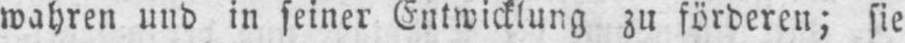
wahren und in seiner Entwicklung zu förderen; sie